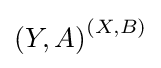
{\textstyle \left(Y,A\right)^{\left(X,B\right)}}